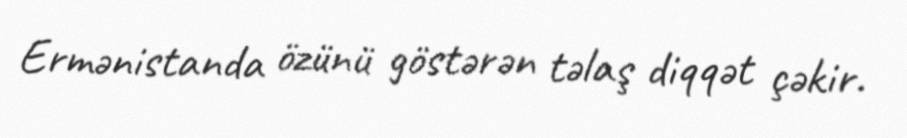
Ermənistanda özünü göstərən təlaş diqqət çəkir.